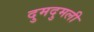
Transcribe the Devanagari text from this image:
दुमदुमली